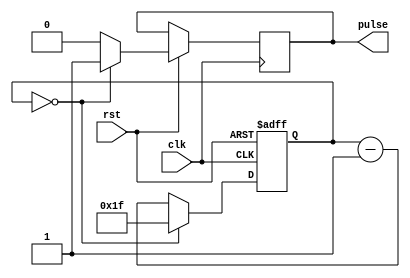
`timescale 1ns / 1ps
//////////////////////////////////////////////////////////////////////////////////
// Company: 
// Engineer: 
// 
// Design Name: 
// Module Name: pulse_clk
// Project Name: 
// Target Devices: 
// Tool Versions: 
// Description: 
// 
// Dependencies: 
// 
// Revision:
// Revision 0.01 - File Created
// Additional Comments:
// 
//////////////////////////////////////////////////////////////////////////////////


module pulse_clk #(
    parameter integer DIVBASE=32
)(
    input clk,
    input rst,
    output reg pulse
    );
    reg [$clog2(DIVBASE+1)-1:0] cnter;
    always@(posedge clk or negedge rst)
    begin
        if(!rst)
        begin
            cnter<=0;
        end
        else
        begin
            if(cnter==0)
            begin
                pulse<=1;
                cnter<=DIVBASE-1;
            end
            else
            begin
                pulse<=0;
                cnter<=cnter-1;
            end
        end
    end
endmodule